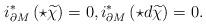
LaTeX: \begin{align*} i^*_{\partial M}\left(\star \widetilde{\chi}\right)=0, i^*_{\partial M}\left(\star d\widetilde{\chi}\right)=0.\end{align*}